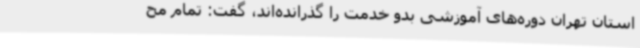
استان تهران دوره‌های آموزشی بدو خدمت را گذرانده‌اند، گفت: تمام مح